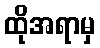
ထိုအရာမှ